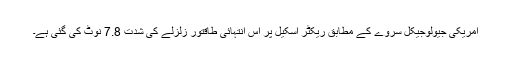
امریکی جیولوجیکل سروے کے مطابق ریکٹر اسکیل پر اس انتہائی طاقتور زلزلے کی شدت 7.8 نوٹ کی گئی ہے۔